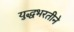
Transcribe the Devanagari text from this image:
युद्धभरतीने